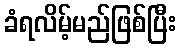
ခံရလိမ့်မည်ဖြစ်ပြီး